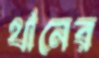
থানের